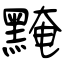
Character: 黤